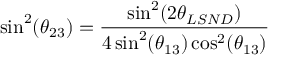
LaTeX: \sin ^ { 2 } ( \theta _ { 2 3 } ) = { \frac { \sin ^ { 2 } ( 2 \theta _ { L S N D } ) } { 4 \sin ^ { 2 } ( \theta _ { 1 3 } ) \cos ^ { 2 } ( \theta _ { 1 3 } ) } }